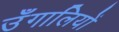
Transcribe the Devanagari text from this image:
उँगालियों